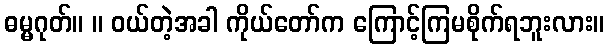
ဓမ္မဂုတ်။ ။ ဝယ်တဲ့အခါ ကိုယ်တော်က ကြောင့်ကြမစိုက်ရဘူးလား။